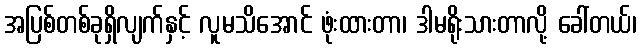
အပြစ်တစ်ခုရှိလျက်နှင့် လူမသိအောင် ဖုံးထားတာ၊ ဒါမရိုးသားတာလို့ ခေါ်တယ်၊